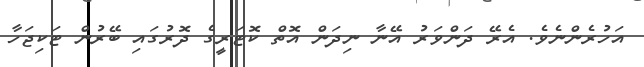
އަހުރެންނެވެ. އެރޭ ދަންވަރު އޭނާ ނިދަން އޮތް ކޮޓަރީގެ ދޮރުގައި ބޭރުން ޓަކިޖަހާ